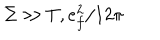
\Sigma \gg T , e _ { f } ^ { 2 } / 1 2 \pi